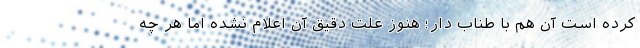
کرده است آن هم با طناب دار؛ هنوز علت دقیق آن اعلام نشده اما هر چه